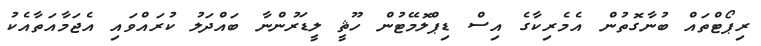
ރިޕޯޓްތައް ބުނާގޮތުން އެމެރިކާގެ އިސް ޑިޕްލޮމޭޓުން ހޫޘީ ލީޑަރުންނާ ބައްދަލު ކުރައްވައި އެޖަމާއަތާއެކު